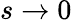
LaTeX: s\rightarrow 0